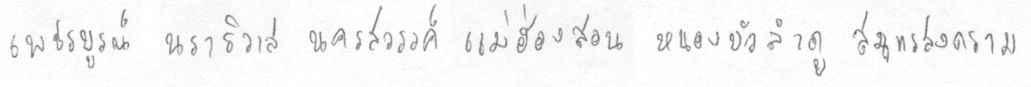
เพชรบรูณ์นราธิวาสนครสววรรค์แม่ฮ่องสอนหนองบัวลำภูสมุทรสงคราม